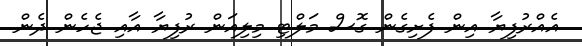
އެއްރުފިޔާ އިން ފެށިގެން ގޮސް މަލްޓި މިލިއަން ރުފިޔާ އާއި ޖެެހެން ދެން